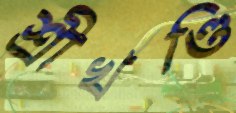
শ্রীখণ্ডি